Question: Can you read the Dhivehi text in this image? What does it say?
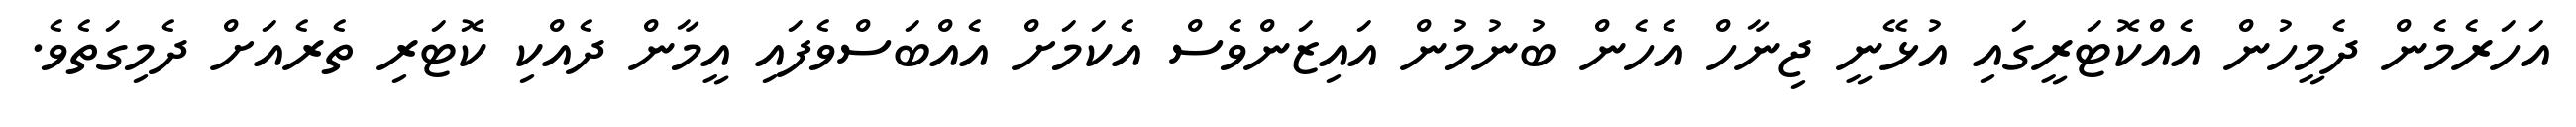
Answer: އަހަރެމެން ދެމީހުން އެއްކޮޓަރީގައި އުޅޭނީ ޖިނާހް އެހެން ބުނުމުން އައިޒަންވެސް އެކަމަށް އެއްބަސްވެފައި އީމާން ދެއްކި ކޮޓަރި ތެރެއަށް ދެމިގަތެވެ.